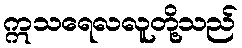
ဣသရေလလူတို့သည်